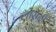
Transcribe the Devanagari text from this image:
लासर्दा